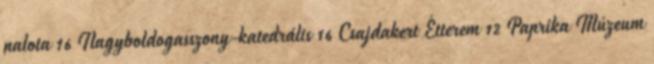
palota 16 Nagyboldogasszony-katedrális 16 Csajdakert Étterem 12 Paprika Múzeum